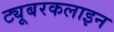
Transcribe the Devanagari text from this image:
ट्यूबरकलाइन